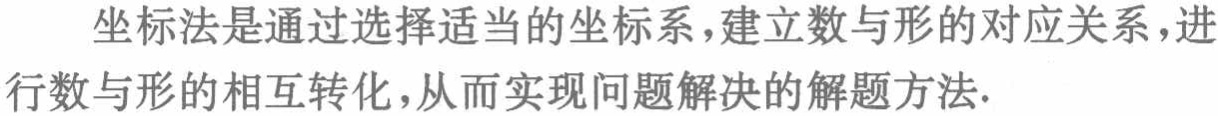
坐标法是通过选择适当的坐标系，建立数与形的对应关系，进行数与形的相互转化，从而实现问题解决的解题方法.